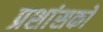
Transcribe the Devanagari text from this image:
प्रशांसकों